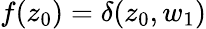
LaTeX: {f(z_{0})=\delta(z_{0},w_{1})}